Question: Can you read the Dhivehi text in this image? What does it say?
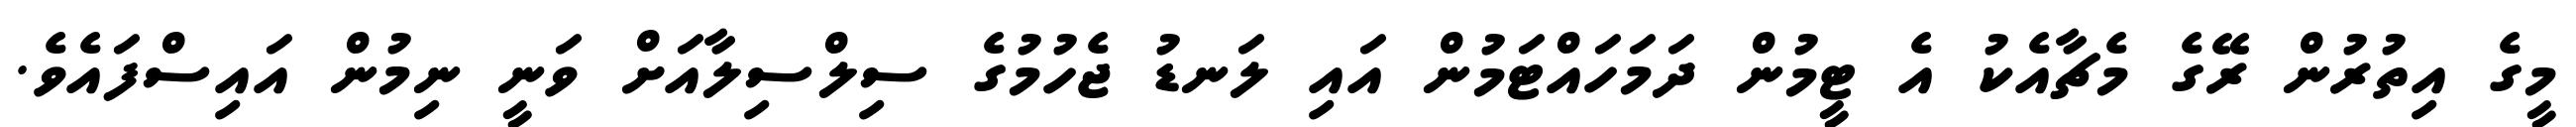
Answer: މީގެ އިތުރުން ރޭގެ މެޗާއެކު އެ ޓީމުން ދަމަހައްޓަމުން އައި ލަނޑު ޖެހުމުގެ ސިލްސިލާއަށް ވަނީ ނިމުން އައިސްފައެވެ.